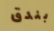
بندق